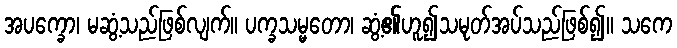
အပက္ခော၊ မဆွံ့သည်ဖြစ်လျက်။ ပက္ခသမ္မတော၊ ဆွံ့၏ဟူ၍သမုတ်အပ်သည်ဖြစ်၍။ သကေ